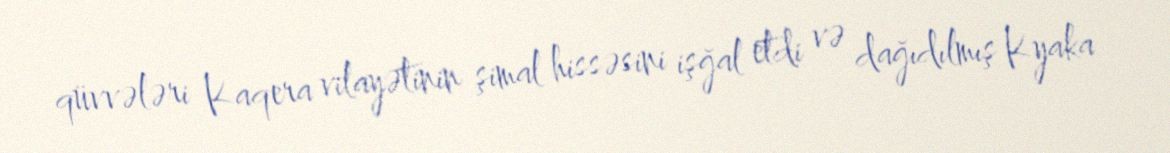
qüvvələri Kaqera vilayətinin şimal hissəsini işğal etdi və dağıdılmış Kyaka